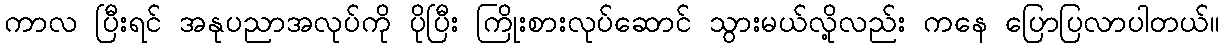
ကာလ ပြီးရင် အနုပညာအလုပ်ကို ပိုပြီး ကြိုးစားလုပ်ဆောင် သွားမယ်လို့လည်း ကနေ ပြောပြလာပါတယ်။